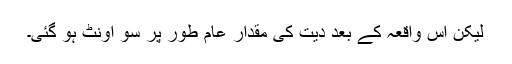
لیکن اس واقعہ کے بعد دیت کی مقدار عام طور پر سو اونٹ ہو گئی۔